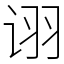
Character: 诩